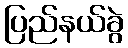
ပြည်နယ်ခွဲ